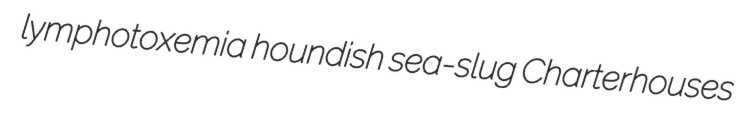
lymphotoxemia houndish sea-slug Charterhouses